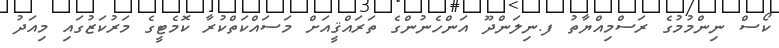
ކޯސް ނިންމުމުގެ ރަސްމިއްޔާތު ފ.ނިލަންދޫ އަންހެނުންގެ ތަރައްޤީއަށް މަސައްކަތްކުރާ ކޮމެޓީގެ މަރުކަޒުގައި މިއަދު